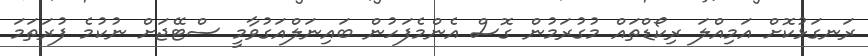
ރަނގަޅުކޮށް އަމިއްލަ ރިކޯޑްތައް މުގުރަމުން ގޮސް އެންމެފަހުން ބައިނަލްއަގުވާމީ ސްޓޭޖަށް ނުކުމެ ފުރަތަމަ